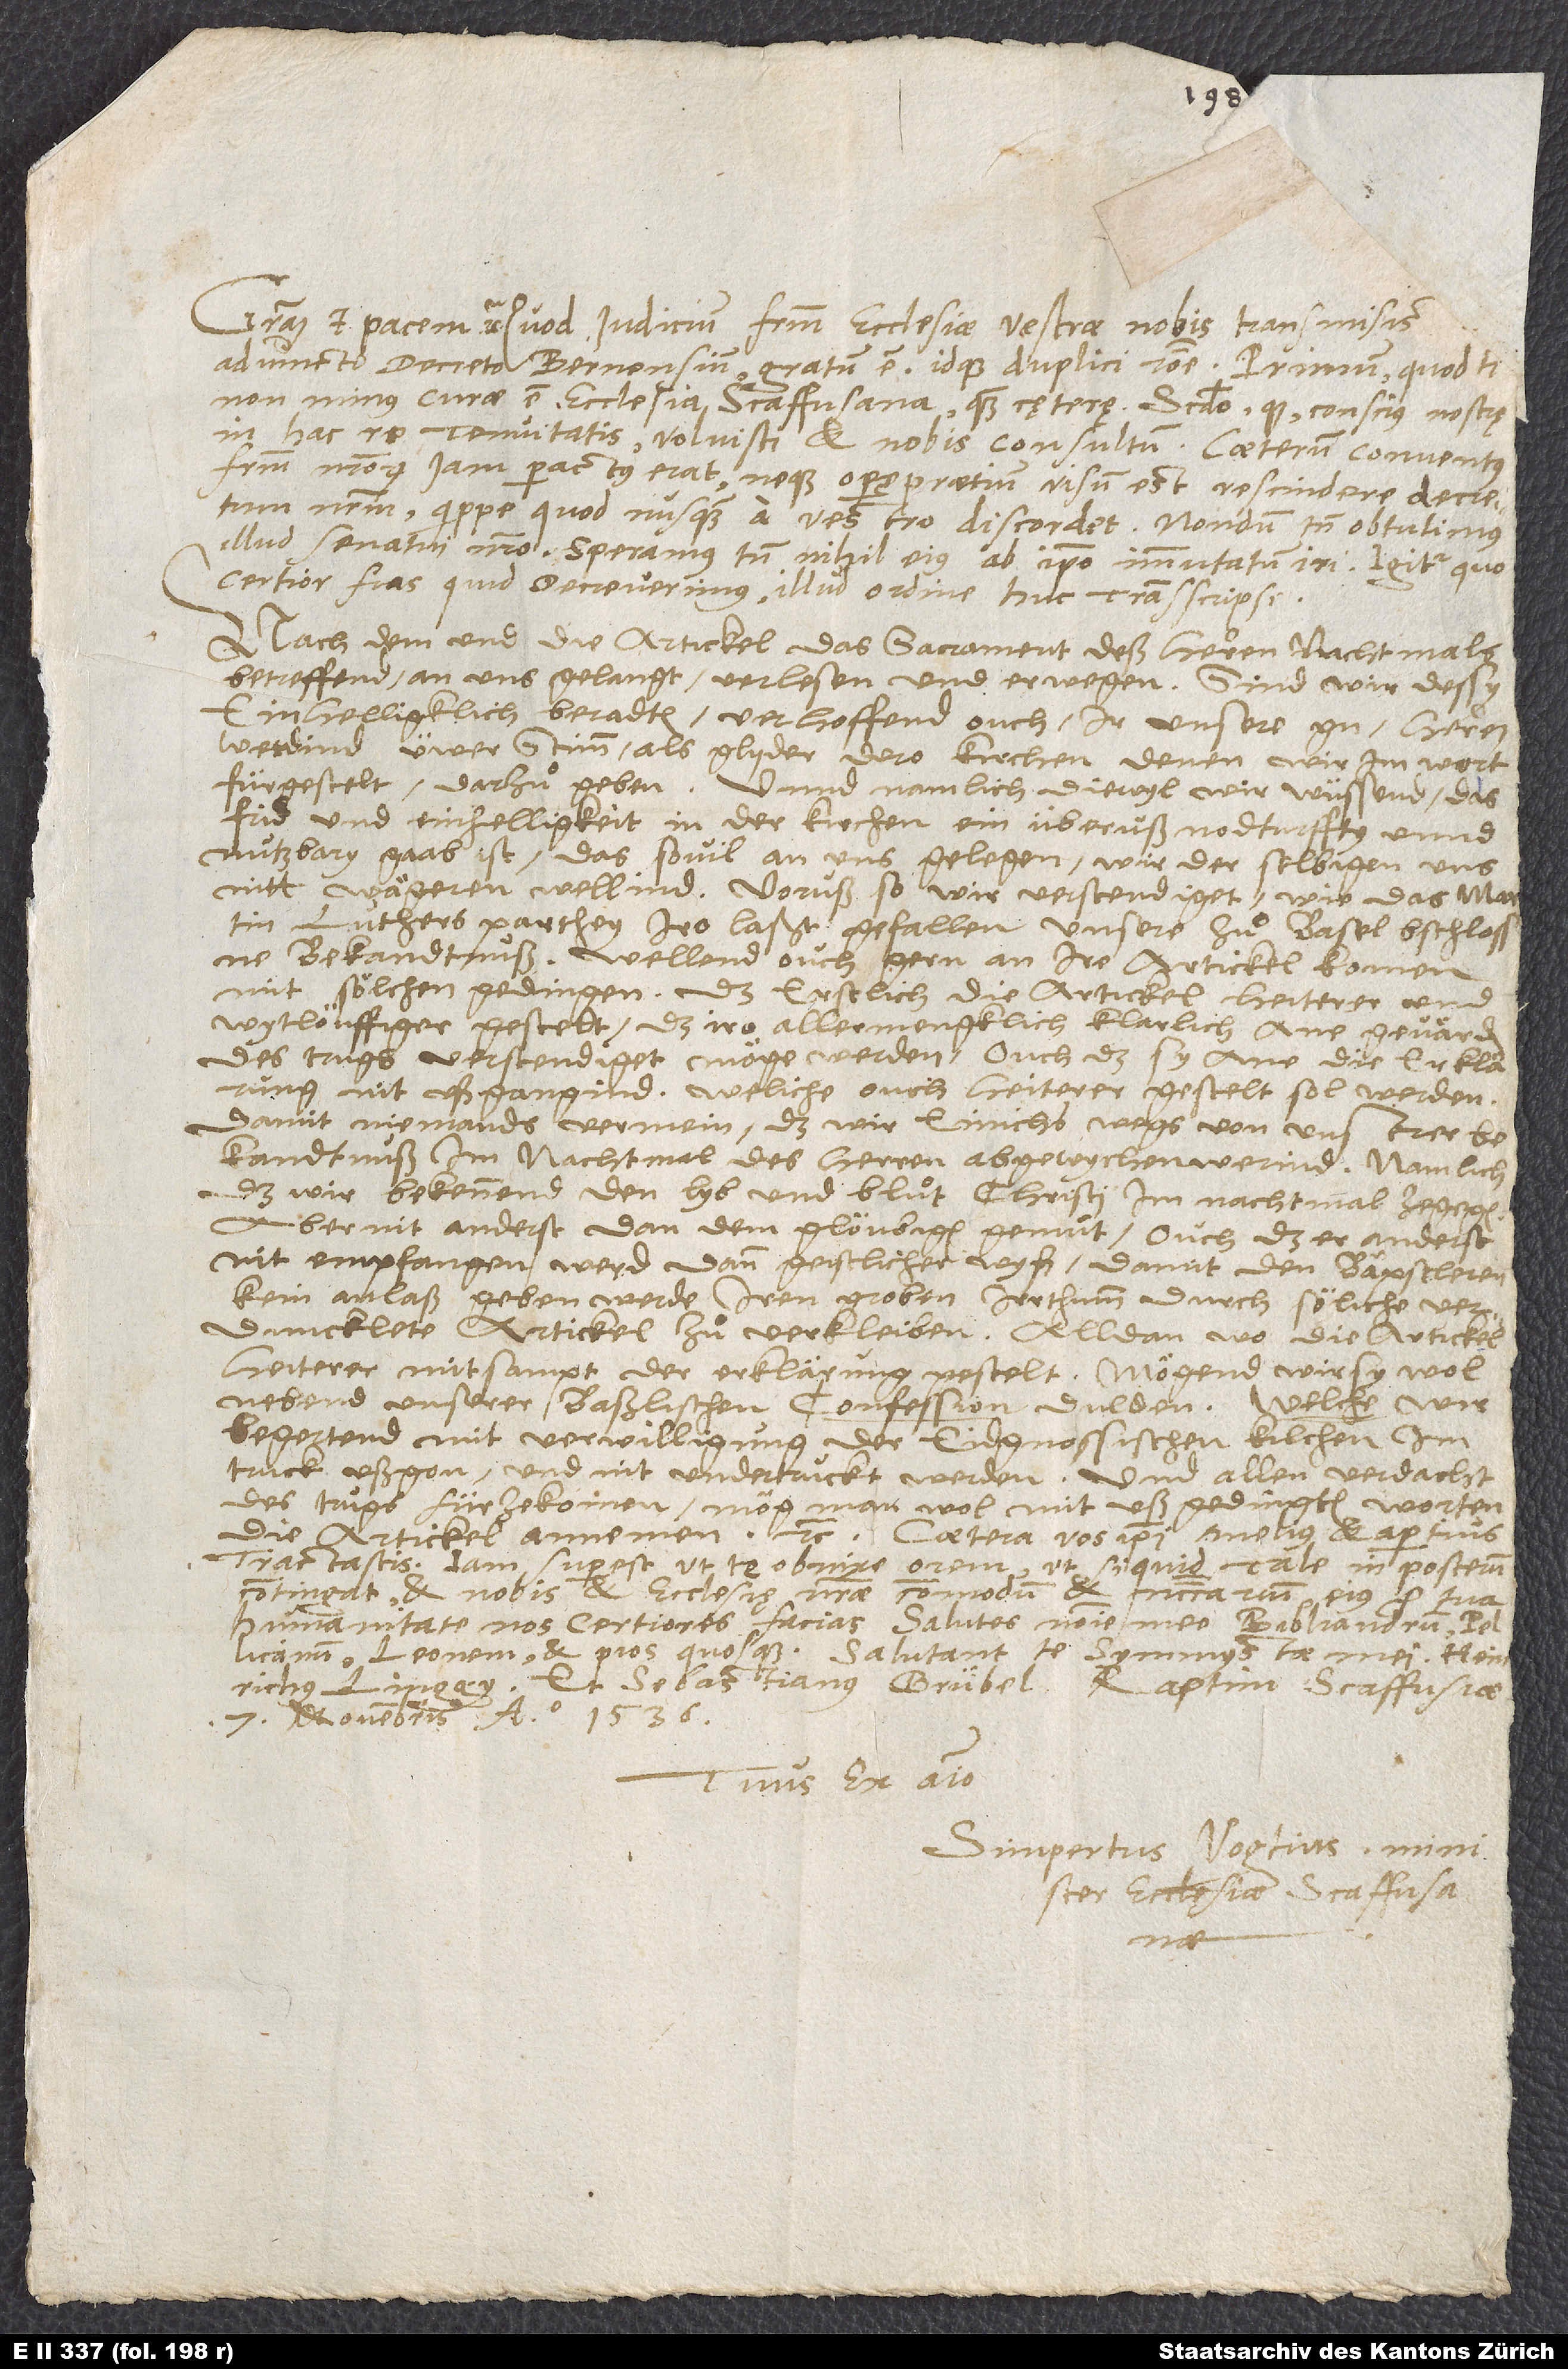
Gratiam et pacem etc. Quod iudicium fratrum ecclesiae vestrae nobis transmisisti
adiuncto decreto Bernensium, gratum est, idque duplici ratione: Primum, quod tibi
non minus curae est ecclesia Scaffusana quam cetere, secundo, quod conscius nostrę
in hac re tenuitatis voluisti et nobis consultum. Caeterum conventus
fratrum nostrorum iam peractus erat, neque operę praetium visum est rescindere decretum
nostrum, quippe quod nusquam a vestro discordet. Nondum tamen obtulimus
illud senatui nostro. Speramus tamen nihil eius ab ipso immutatum iri. Igitur, quo
certior fias, quid decreverimus, illud ordine huc transscripsi:
"Nachdem und die artickel, das sacrament deß herren nachtmals
betreffend, an uns gelangt, verlesen und erwegen, sind wir dessy
einhelligklich beradten, verhoffend ouch, ir, unsere gn herren,
werdind üwer stimm als glyder dero kirchen, denen wir im wort
fürgestelt, darzuͦ geben. Unnd namlich, diewyl wir wüssend, das
frid und einhelligkeit in der kirchen einüberuß nodturffty unnd
nutzbar gaab ist, das, sovil an uns gelegen, wir der selbigen uns
nitt wägeren wellind, voruß, so wir verstendiget, wie das Martin
Luthers parthey iro laßt gefallen unsere zuͦ Basel bschlossne
bekandtnuss. Wellend ouch gern an ire artickel komen
mit sölchen gedingen, daß erstlich die artickel heiterer und
wytlöuffiger gestelt, daß iro allermengklich klarlich ane gevärden
des trugs verstendiget möge werden, ouch daß sy ane die erklärung
nit ußgangind, weliche ouch heiterer gestelt sol werden,
damit niemands vermein, daß wir einichs wegs von unserer
bekandtnuß im nachtmal des herren abgewychen werind, namlich
daß wir bekennend den lyb und bluͦt Christi im nachtmal zegegen,
aber nit anderst dan dem glöubigen gemuͤt, ouch daß er anderst
nit empfangen werd dann geistlicher wyß, damit den bäpstleren
kein anlaß geben werde, iren groben irrthumb durch söliche verduncklete
artickel zuͦ verkleiben. Alldan, wo die artickel
heiterer mitsampt der erklärung gestelt, mögend wir sy wol
nebend unserer baßlischen confession dulden, welche wir
begertend mit verwilligung der eidgnossischen kilchen im
truck ußgon und nit undertruckt werden. Und alien verdacht
des trugs fürzekomen, mög man wol mit ußgedingten worten
die artickel annemen" etc. Caetera vos ipsi melius et apertius
tractastis. Iam superest, ut te obnixe orem, ut, si quid tale in posterum
contingat et nobis et ecclesię nostrae commodum et necessarium, eius pro tua
humanitate nos certiores facias. Salutes nomine meo Bibliandrum, Pellicanum,
Leonem et pios quosque. Salutant te symmystae mei Heinrichus
Linggy et Sebastianus Grübel. Raptim, Scaffusiae,
7. novembris anno 1536.
Tuus ex animo
Simpertus Vogtius, minister
ecclesiae Scaffusanae.